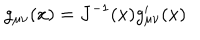
g _ { \mu \nu } ( x ) = J ^ { - 1 } ( x ) g _ { \mu \nu } ^ { \prime } ( x )